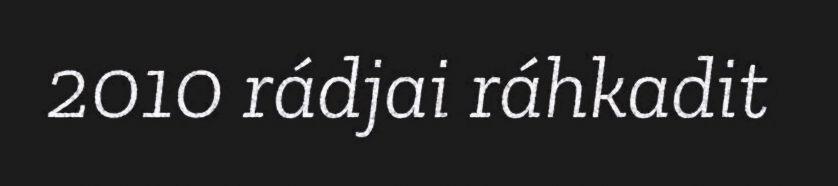
2010 rádjai ráhkadit